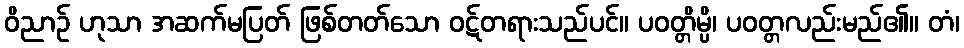
ဝိညာဉ် ဟုသာ အဆက်မပြတ် ဖြစ်တတ်သော ဝဋ်တရားသည်ပင်။ ပဝတ္တိမ္ပိ၊ ပဝတ္တလည်းမည်၏။ တံ၊